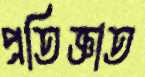
প্রতিজ্ঞাত